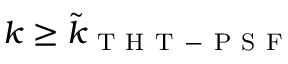
k \geq \tilde { k } _ { \mathrm { ~ T ~ H ~ T ~ - ~ P ~ S ~ F ~ } }